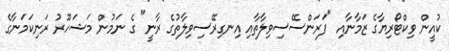
ކުއީން ވިކްޓޯރިޔާގެ ޒަމާނާއި "ފަރަންސޭސިވިލާތާއި އިނގިރޭސިވިލާތުގެ ރާނީ" ގެ ނަމުން މަޝަހޫރު ރަނިކަމަނާގެ